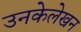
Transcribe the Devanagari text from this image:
उनकेलेखन